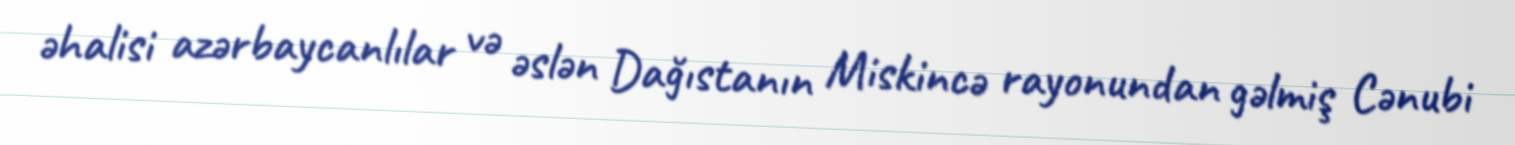
əhalisi azərbaycanlılar və əslən Dağıstanın Miskincə rayonundan gəlmiş Cənubi